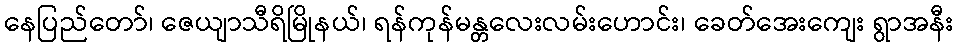
နေပြည်တော်၊ ဇေယျာသီရိမြိုနယ်၊ ရန်ကုန်မန္တလေးလမ်းဟောင်း၊ ခေတ်အေးကျေး ရွာအနီး